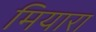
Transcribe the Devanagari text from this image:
मियारा